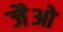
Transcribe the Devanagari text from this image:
जैओ